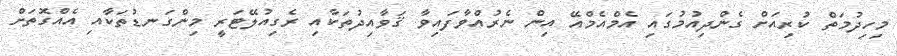
މިހިދުމަތް ކުރިއަށް ގެންދިއުމުގައި އެމްއެމްއޭ އިން ނެރުއްވާފައިވާ ޤަވާއިދުތަކާއި ރެގިއުލޭޓަރީ މިންގަނޑުތަކާއި އެއްގޮތަށް